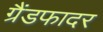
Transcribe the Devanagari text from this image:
ग्रैंडफादर